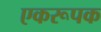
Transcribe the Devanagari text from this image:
एकरूपक